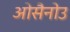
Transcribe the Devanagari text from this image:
ओसैनोउ